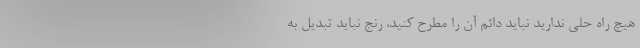
هیچ راه حلی ندارید نباید دائم آن را مطرح کنید، رنج نباید تبدیل به